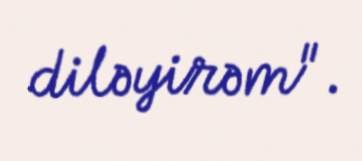
diləyirəm".